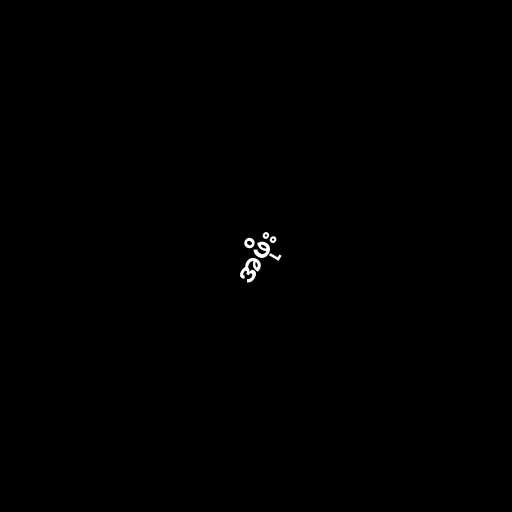
အဖိုး